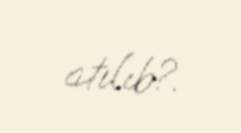
atılıb?.